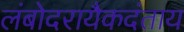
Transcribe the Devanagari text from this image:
लंबोदरायैकदंताय